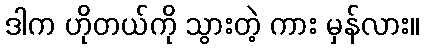
ဒါက ဟိုတယ်ကို သွားတဲ့ ကား မှန်လား။